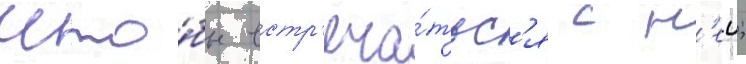
что́бы встр'еча́тьс'я с н'еи;